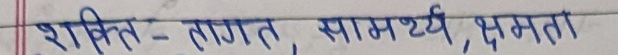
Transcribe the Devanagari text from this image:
शक्ति – ताकत, सामर्थ्य, क्षमता